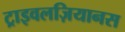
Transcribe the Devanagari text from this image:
ट्राइवलज़ियानस